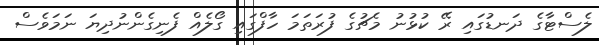
ލެސްޓާގެ ދަނޑުގައި ރޭ ކުޅުނު މެޗުގެ ފުރަތަމަ ހާފްގައި ގޯލެއް ފެނިގެންނުދިޔަ ނަމަވެސް